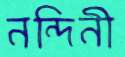
নন্দিনী